Cholera in southern India
Disease focus: Cholera
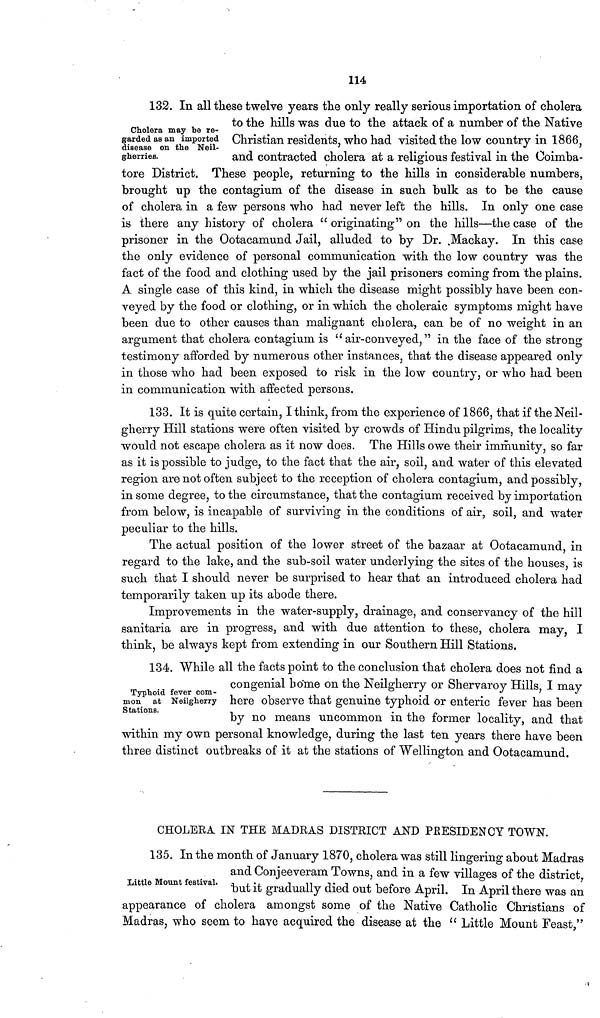
114
Cholera may be re-
garded as an imported
disease on the Neil-
gherries.
132. In all these twelve years the only really serious importation of cholera
to the hills was due to the attack of a number of the Native
Christian residents, who had visited the low country in 1866,
and contracted cholera at a religious festival in the Ooimba-
tore District. These people, returning to the hills in considerable numbers,
brought up the contagium of the disease in such bulk as to be the cause
of cholera in a few persons who had never left the hills. In only one case
is there any history of cholera " originating" on the hills—the case of the
prisoner in the Ootacamund Jail, alluded to by Dr. .Mackay. In this case
the only evidence of personal communication with the low country was the
fact of the food and clothing used by the jail prisoners coming from the plains.
A single case of this kind, in which the disease might possibly have been con-
veyed by the food or clothing, or in which the choleraic symptoms might have
been due to other causes than malignant cholera, can be of no weight in an
argument that cholera contagium is "air-conveyed," in the face of the strong
testimony afforded by numerous other instances, that the disease appeared only
in those who had been exposed to risk in the low country, or who had been
in communication with affected persons.
133. It is quite certain, I think, from the experience of 1866, that if the Neil-
gherry Hill stations were often visited by crowds of Hindu pilgrims, the locality
would not escape cholera as it now does. The Hills owe their immunity, so far
as it is possible to judge, to the fact that the air, soil, and water of this elevated
region are not often subject to the reception of cholera contagium, and possibly,
in some degree, to the circumstance, that the contagium received by importation
from below, is incapable of surviving in the conditions of air, soil, and water
peculiar to the hills.
The actual position of the lower street of the bazaar at Ootacamund, in
regard to the lake, and the sub-soil water underlying the sites of the houses, is
such that I should never be surprised to hear that an introduced cholera had
temporarily taken up its abode there.
Improvements in the water-supply, drainage, and conservancy of the hill
sanitaria are in progress, and with due attention to these, cholera may, I
think, be always kept from extending in our Southern Hill Stations.
Typhoid fever com-
mon at Neilgherry
Stations.
134. While all the facts point to the conclusion that cholera does not find a
congenial borne on the Neilgherry or Shervaroy Hills, I may
here observe that genuine typhoid or enteric fever has been
by no means uncommon in the former locality, and that
within my own personal knowledge, during the last ten years there have been
three distinct outbreaks of it at the stations of Wellington and Ootacamund.
CHOLERA IN THE MADRAS DISTRICT AND PRESIDENCY TOWN.
Little Mount festival.
135. In the month of January 1870, cholera was still lingering about Madras
and Conjeeveram Towns, and in a few villages of the district,
but it gradually died out before April. In April there was an
appearance of cholera amongst some of the Native Catholic Christians of
Madras, who seem to have acquired the disease at the " Little Mount Feast,"